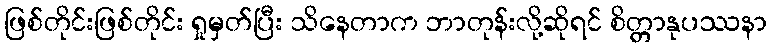
ဖြစ်တိုင်းဖြစ်တိုင်း ရှုမှတ်ပြီး သိနေတာက ဘာတုန်းလို့ဆိုရင် စိတ္တာနုပဿနာ